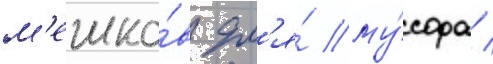
м'ешко́в дл'я́ му́сора /